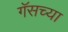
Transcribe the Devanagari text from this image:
गॅसच्या